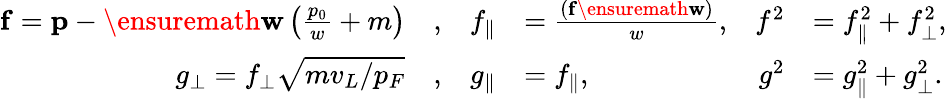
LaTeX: \begin{array}{rlrlrl}{\mathbf{f}=\mathbf{p}-\ensuremath{\mathbf{w}}\left(\frac{p_{0}}{w}+m\right)}&{,}&{f_{\parallel}}&{=\frac{(\mathbf{f}\ensuremath{\mathbf{w}})}{w},}&{f^{2}}&{=f_{\parallel}^{2}+f_{\perp\vphantom{\parallel}}^{2},}\\ {g_{\perp\vphantom{\parallel}}=f_{\perp\vphantom{\parallel}}\sqrt{mv_{L}/p_{F}}}&{,}&{g_{\parallel}}&{=f_{\parallel},}&{g^{2}}&{=g_{\parallel}^{2}+g_{\perp\vphantom{\parallel}}^{2}.}\end{array}